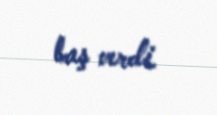
baş verdi.